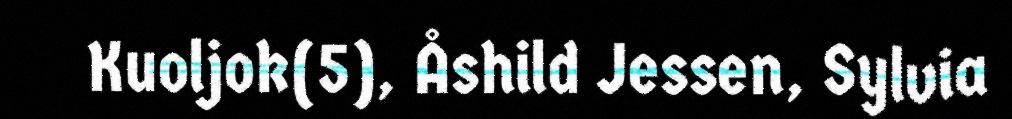
Kuoljok(5), Åshild Jessen, Sylvia